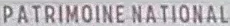
PATRIMOINE NATIONAL